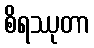
စိရဿုတာ